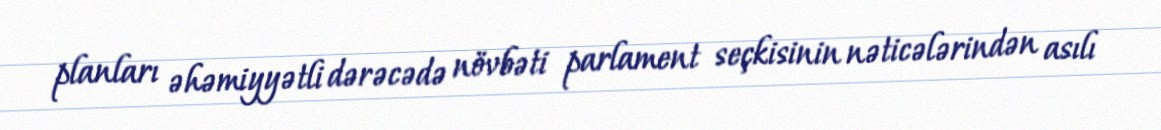
planları əhəmiyyətli dərəcədə növbəti parlament seçkisinin nəticələrindən asılı